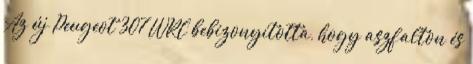
Az új Peugeot 307 WRC bebizonyította, hogy aszfalton és